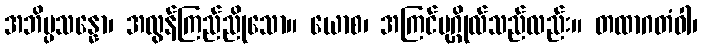
အဘိပ္ပသန္နော၊ အလွန်ကြည်ညိုသော။ ယောစ၊ အကြင်ပုဂ္ဂိုလ်သည်လည်း။ တထာဂတံဝါ၊